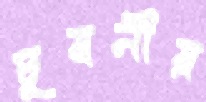
চূষনীয়